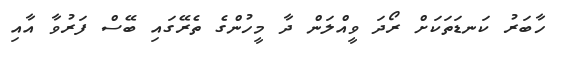
ހާބަރު ކަނޑަތަކަށް ރޯދަ ވީއްލަން ދާ މީހުންގެ ތެރޭގައި ބޭސް ފަރުވާ އާއި